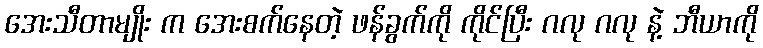
အေးသီတာမျိုး က အေးစက်နေတဲ့ ဖန်ခွက်ကို ကိုင်ပြီး ဂလု ဂလု နဲ့ ဘီယာကို